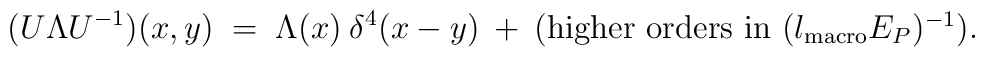
(U \Lambda U^{-1})(x,y) \;=\; \Lambda(x) \:\delta^4(x-y) \:+\:{\mbox{(higher orders in $(l_{\mbox{\scriptsize{macro}}} E_P)^{-1}$)}}.